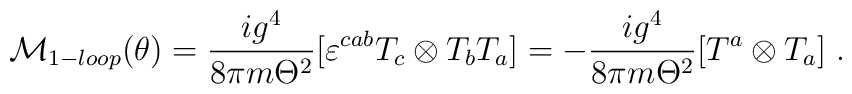
{\cal M}_{1-loop} (\theta)=\frac{ig^4}{8\pi m\Theta^2} [ \varepsilon^{cab}T_c\otimes T_b T_a]= -\frac{ig^4}{8\pi m\Theta^2}[T^{a} \otimes T_a] \; .